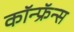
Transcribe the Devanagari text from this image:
कॉन्फ्रॅन्स